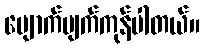
ပျောက်ပျက်ကုန်ပါတယ်။